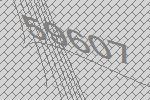
59607